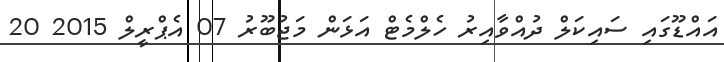
އައްޑޫގައި ސައިކަލް ދުއްވާއިރު ހެލްމެޓް އަޅަން މަޖުބޫރު 07 އެޕްރީލް 2015 20